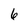
Character: 6